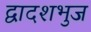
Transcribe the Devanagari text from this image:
द्वादशभुज